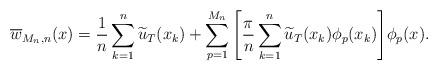
LaTeX: \begin{align*}\overline w_{M_n,n}(x)= \dfrac{1}{n}\sum_{k=1}^n \widetilde u_T(x_k)+ \sum_{p=1}^{M_n} \Bigg[\dfrac{\pi}{n} \sum_{k=1}^n \widetilde u_T(x_k) \phi_p(x_k) \Bigg] \phi_p(x). \end{align*}